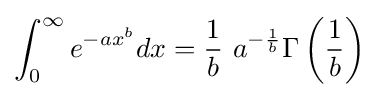
\int _{0}^{\infty }e^{-ax^{b}}dx={\frac {1}{b}}\ a^{-{\frac {1}{b}}}\Gamma \left({\frac {1}{b}}\right)